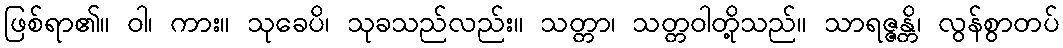
ဖြစ်ရာ၏။ ဝါ၊ ကား။ သုခေပိ၊ သုခသည်လည်း။ သတ္တာ၊ သတ္တဝါတို့သည်။ သာရဇ္ဇန္တိ၊ လွန်စွာတပ်